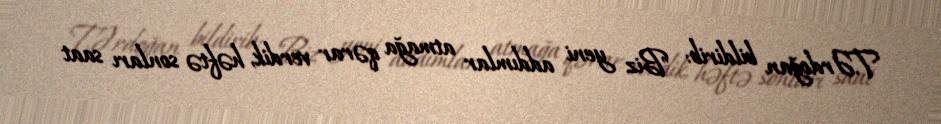
T.Ərdoğan bildirib: "Biz yeni addımlar atmağa qərar verdik, həftə sonları saat